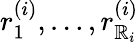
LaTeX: r_{1}^{(i)},\ldots,r_{\mathbb{R}_{i}}^{(i)}